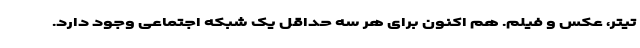
تیتر، عکس و فیلم. هم اکنون برای هر سه حداقل یک شبکه اجتماعی وجود دارد.